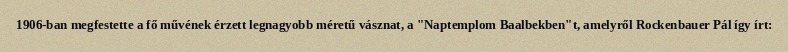
1906-ban megfestette a fő művének érzett legnagyobb méretű vásznat, a "Naptemplom Baalbekben"t, amelyről Rockenbauer Pál így írt: